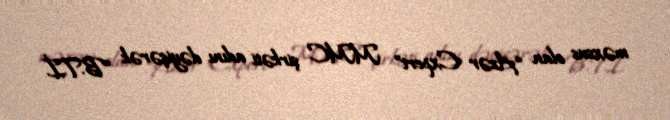
məxsus olan “Azər Expert” MMC şirkəti adını dəyişərək “B.T.İ.